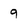
Character: 9